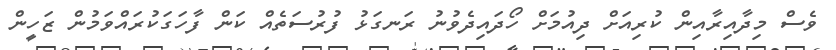
ވެސް މިދާއިރާއިން ކުރިއަށް ދިއުމަށް ހޯދައިދެވުނު ރަނގަޅު ފުރުސަތެއް ކަން ފާހަގަކުރައްވަމުން ޒަހީން